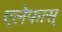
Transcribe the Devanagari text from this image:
एलेफास्